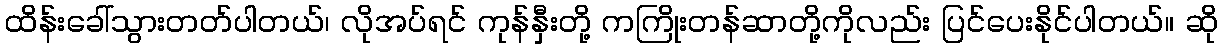
ထိန်းခေါ်သွားတတ်ပါတယ်၊ လိုအပ်ရင် ကုန်နှီးတို့ ကကြိုးတန်ဆာတို့ကိုလည်း ပြင်ပေးနိုင်ပါတယ်။ ဆို